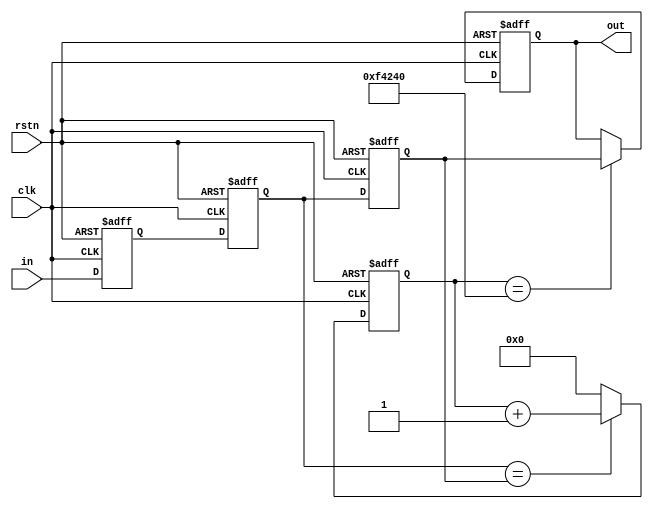

// Debounce by key
module key_debounce(out, in, clk, rstn);

input  in;
input clk;      // 50MHz
output out;
input rstn;

reg in_reg0;
reg in_reg1;
reg in_reg2;

localparam st_const = 20'd1000000;  // 20ms at 50MHz

always@(posedge clk or negedge rstn)
    begin
    if (!rstn)
    begin
        in_reg0 <= 1'b0;
        in_reg1 <= 1'b0;
        in_reg2 <= 1'b0;
    end
    else
    begin
        in_reg0 <= in;
        in_reg1 <= in_reg0;
        in_reg2 <= in_reg1;
    end
end

reg [19:0] cnt;

always@(posedge clk or negedge rstn)
    begin
    if (!rstn)
    begin
        cnt <= 20'd0;
    end
    else
    begin
        if (in_reg1 == in_reg2)
        begin
            cnt <= cnt + 1'b1;
        end
        else
        begin
            cnt <= 20'd0;
        end
    end
end

reg out;

always@(posedge clk or negedge rstn)
    begin
    if (!rstn)
    begin
        out <= 1'b0;
    end
    else
    begin
        if (cnt == st_const)
        begin
            out <= in_reg2;
        end
    end
end

endmodule